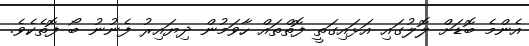
އެންމެ ބޮޑަށް ލޮލުގައި އަޅައިގަތީ ފޮތްތައް ހާވަމުން ދިޔައިރު ފެނުނު ބޯ ފޮތެކެވެ.